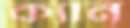
ক্যান্